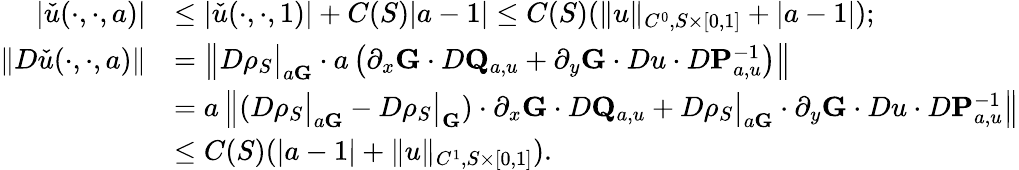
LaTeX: \begin{array}{rl}{|\check{u}(\cdot,\cdot,a)|}&{\leq|\check{u}(\cdot,\cdot,1)|+C(S)|a-1|\leq C(S)(\| u\| _{C^{0},S\times[0,1]}+|a-1|);}\\ {\| D\check{u}(\cdot,\cdot,a)\| }&{=\left\| D\rho_{S}\big|_{a\mathbf{G}}\cdot a\left(\partial_{x}\mathbf{G}\cdot D\mathbf{Q}_{a,u}+\partial_{y}\mathbf{G}\cdot Du\cdot D\mathbf{P}_{a,u}^{-1}\right)\right\| }\\ &{=a\left\| \left(D\rho_{S}\big|_{a\mathbf{G}}-D\rho_{S}\big|_{\mathbf{G}}\right)\cdot\partial_{x}\mathbf{G}\cdot D\mathbf{Q}_{a,u}+D\rho_{S}\big|_{a\mathbf{G}}\cdot\partial_{y}\mathbf{G}\cdot Du\cdot D\mathbf{P}_{a,u}^{-1}\right\| }\\ &{\leq C(S)(|a-1|+\| u\| _{C^{1},S\times[0,1]}).}\end{array}